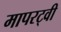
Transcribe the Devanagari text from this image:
मापरट्वी